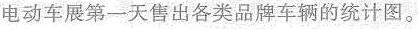
电动车展第一天售出各类品牌车辆的统计图。